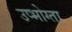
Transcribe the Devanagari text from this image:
उप्भोग्ता